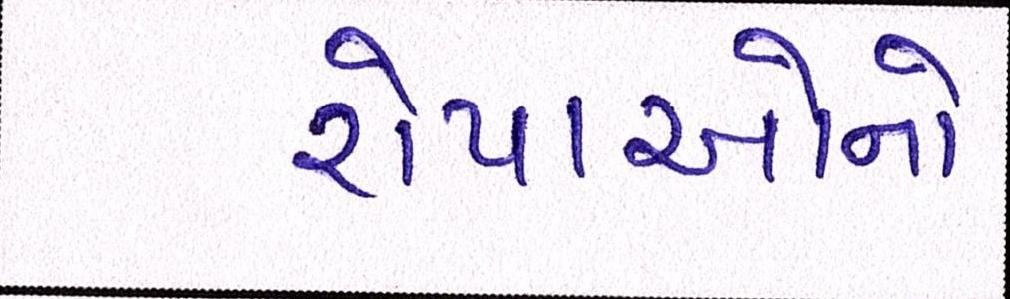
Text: રોપાઓનો